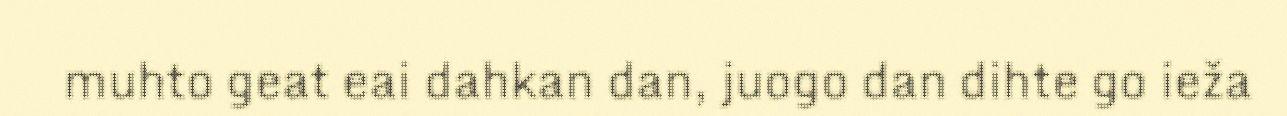
muhto geat eai dahkan dan, juogo dan dihte go ieža